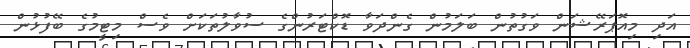
އަދި މިއޮޕަރޭޝަން ވަގުތުން ބަލަމުން ގެންދަވާ ޑޮކްޓަރުންގެ ސުވާލުތަކަށް ވެސް މިޓީމުގެ ބޭފުޅުން